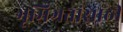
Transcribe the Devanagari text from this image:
भूमिगतांसाठी